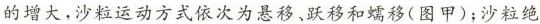
的增大，沙粒运动方式依次为悬移、跃移和蠕移(图甲)；沙粒绝